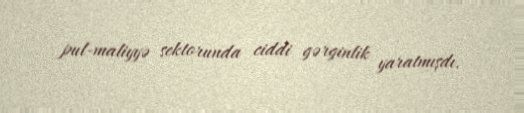
pul-maliyyə sektorunda ciddi gərginlik yaratmışdı.